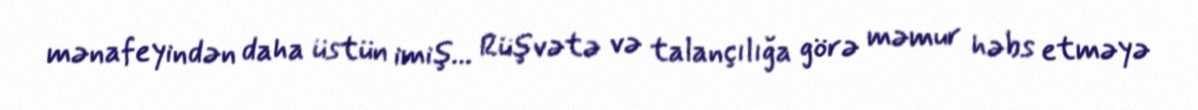
mənafeyindən daha üstün imiş... Rüşvətə və talançılığa görə məmur həbs etməyə